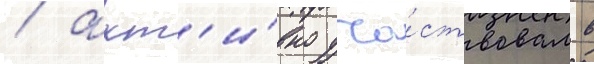
/ акт'и́вно уча́ствовал в